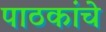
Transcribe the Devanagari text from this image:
पाठकांचे